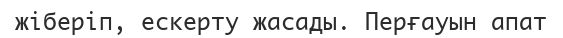
жіберіп, ескерту жасады. Перғауын апат